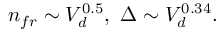
n _ { f r } \sim V _ { d } ^ { 0 . 5 } , \ \Delta \sim V _ { d } ^ { 0 . 3 4 } .